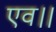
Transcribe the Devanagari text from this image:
एव।।